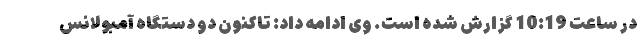
در ساعت 10:19 گزارش شده است. وی ادامه داد: تاکنون دو دستگاه آمبولانس